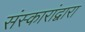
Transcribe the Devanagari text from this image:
संस्कारांद्वारा